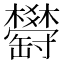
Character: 𦉤